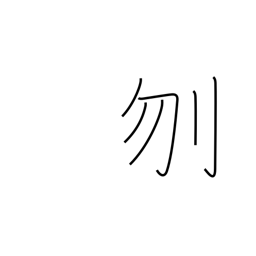
Meaning: decapitate